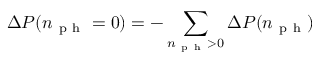
\Delta P ( n _ { \mathrm { ~ p ~ h ~ } } = 0 ) = - \sum _ { n _ { \mathrm { ~ p ~ h ~ } } > 0 } \Delta P ( n _ { \mathrm { ~ p ~ h ~ } } )